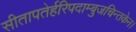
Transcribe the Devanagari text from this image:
सीतापतेर्हरिपदाम्बुजचिन्तकेन।